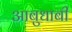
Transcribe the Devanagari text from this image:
आबुधाबी